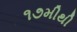
૧૭મીથી